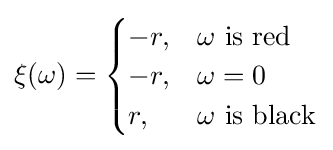
\xi (\omega )={\begin{cases}-r,&\omega {\text{ is red}}\\-r,&\omega =0\\r,&\omega {\text{ is black}}\end{cases}}